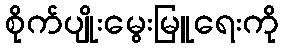
စိုက်ပျိုးမွေးမြူရေးကို